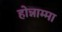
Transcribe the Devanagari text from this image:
होन्नाम्मा